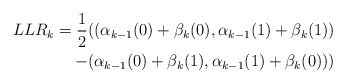
\begin{align*}LLR_k = \frac{1}{2}((\alpha_{k-1}(0)+\beta_{k}(0),\alpha_{k-1}(1)+\beta_{k}(1))\\-(\alpha_{k-1}(0)+\beta_{k}(1),\alpha_{k-1}(1)+\beta_{k}(0))) \end{align*}